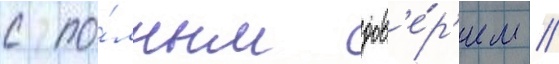
с по́лным дов'е́р'ием //